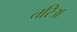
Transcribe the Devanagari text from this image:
तरिअ